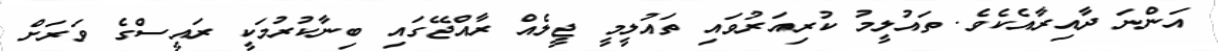
އަންނަ ދާއިރާއެކެވެ. ތައުލީމު ކުރިއަރުވައި ތައުލީމީ ޖީލެއް ރާއްޖޭގައި ބިނާކުރުމަކީ ރައީސްގެ ވަރަށް